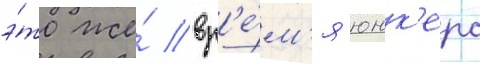
э́то же́ вр'е́м'я юнк'ерс